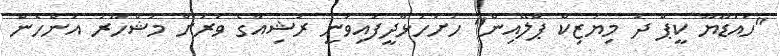
"ހައުޑޫޔޫ ކީޕް ދަ މިޔުޒިކް ޕްލޭއިން" ހުށަހަޅާދީފައިވަނީ ރަޝިއާގެ ވަރަށް މަޝްހޫރު އަންހެން